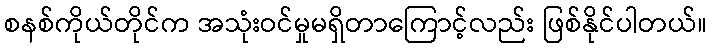
စနစ်ကိုယ်တိုင်က အသုံးဝင်မှုမရှိတာကြောင့်လည်း ဖြစ်နိုင်ပါတယ်။